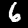
Label: 6